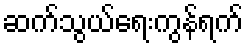
ဆက်သွယ်ရေးကွန်ရက်